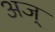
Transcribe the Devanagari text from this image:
अज्